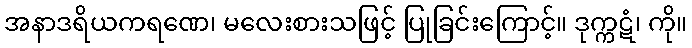
အနာဒရိယကရဏေ၊ မလေးစားသဖြင့် ပြုခြင်းကြောင့်။ ဒုက္ကဋံ၊ ကို။